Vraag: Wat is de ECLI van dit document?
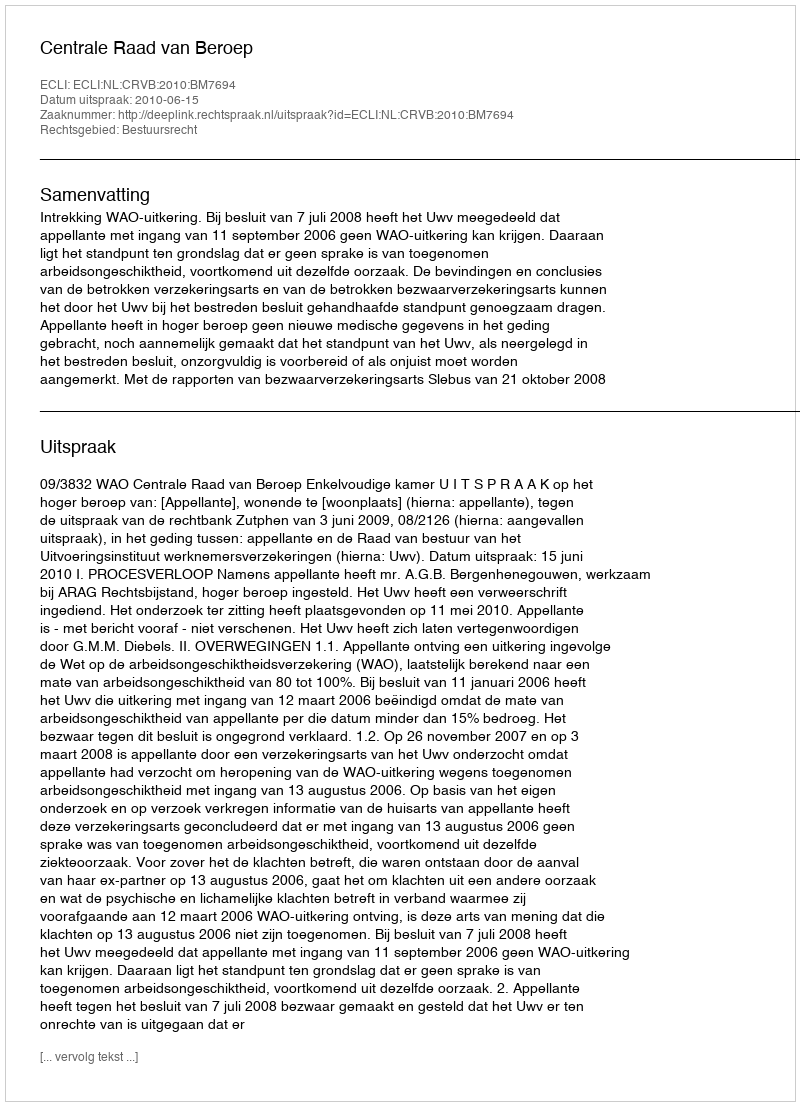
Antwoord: ECLI:NL:CRVB:2010:BM7694